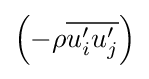
\left(-\rho {\overline {u_{i}^{\prime }u_{j}^{\prime }}}\right)